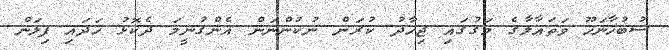
ސުބުހާނަހޫ ވަތަޢާލާގެ މަގުގައި ޖިހާދު ކުރަން ނުކުންނަން އެންގުނީމަ ދެކޮޅު ހަދައި ފިލަން